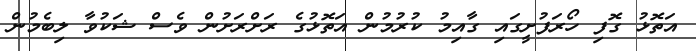
އަތޮޅު ގޮފި ހޯރަފުށީގައި ގާއިމު ކުރުމުން އަތޮޅުގެ ރަށްރަށުން ވެސް ޝަކުވާ ލިބެމުން